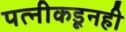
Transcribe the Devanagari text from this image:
पत्‍नीकडूनही